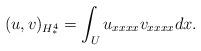
LaTeX: \begin{align*}(u,v)_{H^4_*} = \int_U u_{xxxx} v_{xxxx} dx.\end{align*}